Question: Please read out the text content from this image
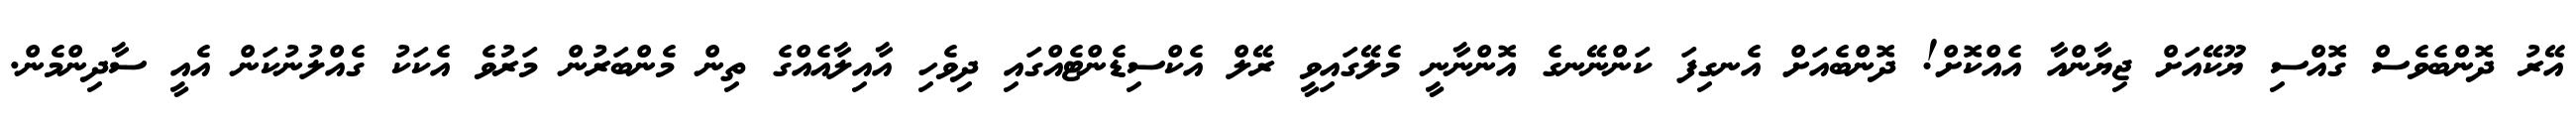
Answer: އޭރު ދޮންބެވެސް ގޮއްސި ޔޫކޭއަށް ޖިޔާންއާ އެއްކޮށް! ދޮންބެއަށް އެނގިފަ ކަންނޭނގެ އޮންނާނީ މެލޭގައިވީ ރޭލް އެކްސިޑެންޓެއްގައި ދިވެހި އާއިލާއެއްގެ ތިން މެންބަރުން މަރުވެ އެކަކު ގެއްލުނުކަން އެއީ ސާދިންމެން.